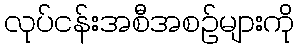
လုပ်ငန်းအစီအစဉ်များကို